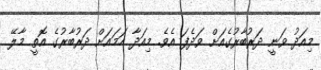
މިއަދު ވަނީ ދަރުބާރުގެއަށް ވަދެފަ އެވެ. މިއަދާ ހަމައަށް ދަރުބާރުގެ އޮތީ މާލޭ